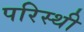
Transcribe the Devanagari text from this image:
परिस्थी